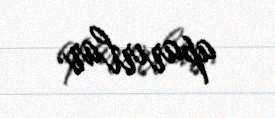
aparırlar.